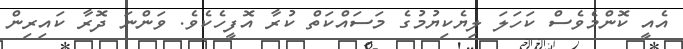
އެއީ ކޮންމެވެސް ކަހަލަ ލިޔެކިޔުމުގެ މަސައްކަތް ކުރާ އޮފީހެކެވެ. ވަންނަ ދޮރާ ކައިރިން